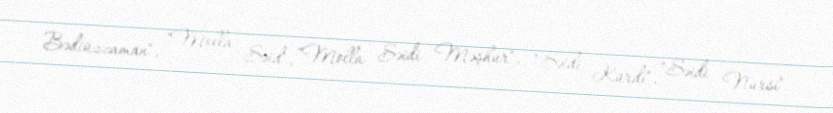
Bədiüzzaman", "Molla Səid", "Molla Səidi Məşhur", "Səidi Kürdi", "Səidi Nursi"